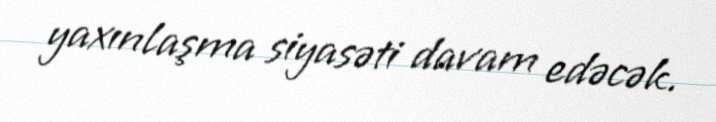
yaxınlaşma siyasəti davam edəcək.